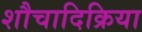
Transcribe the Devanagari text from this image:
शौचादिक्रिया